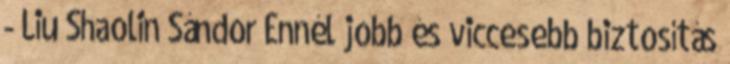
- Liu Shaolin Sándor Ennél jobb és viccesebb biztosítás